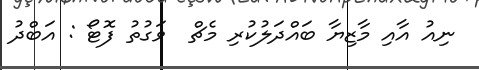
ނިއު އާއި މާޒިޔާ ބައްދަލުކުރި މެޗް  ވަގުތު ފޮޓޯ : އަބްދު